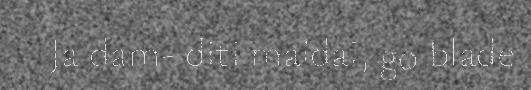
Ja dam- diti maidai, go blade